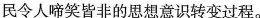
民令人啼笑皆非的思想意识转变过程。